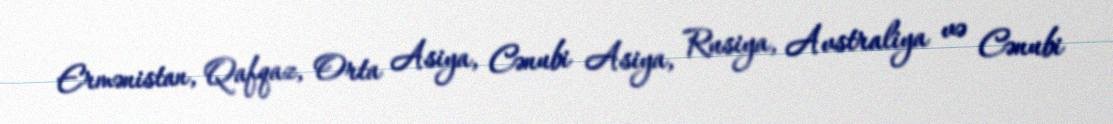
Ermənistan, Qafqaz, Orta Asiya, Cənubi Asiya, Rusiya, Avstraliya və Cənubi